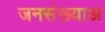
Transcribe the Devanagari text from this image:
जनसंख्याअ